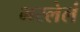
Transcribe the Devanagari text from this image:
भरलेलं